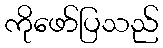
ကိုဖော်ပြသည်